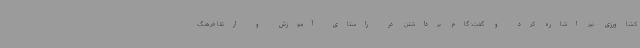
کشاورزی نیز اشاره کرد و گفت: گام برداشتن در راستای آموزش و ارتقا فرهنگ